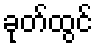
ခုတ်ထွင်